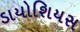
ડાયોશિયસ